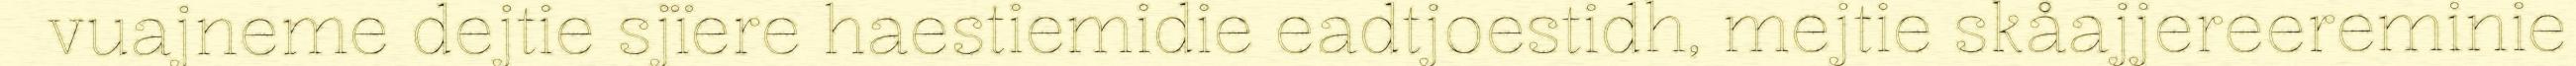
vuajneme dejtie sjïere haestiemidie eadtjoestidh, mejtie skåajjereereminie